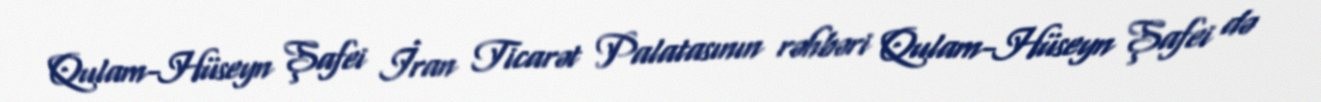
Qulam-Hüseyn Şafei İran Ticarət Palatasının rəhbəri Qulam-Hüseyn Şafei də